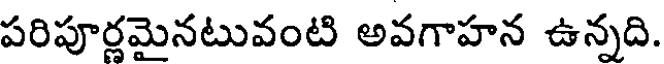
పరిపూర్లమైనటువంటి అవగాహన ఉన్నది.